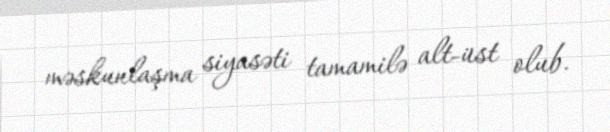
məskunlaşma siyasəti tamamilə alt-üst olub.